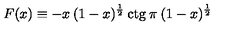
F ( x ) \equiv - x \: ( 1 - x ) ^ { \frac { 1 } { 2 } } \: \mathrm { c t g } \: \pi \: ( 1 - x ) ^ { \frac { 1 } { 2 } }